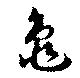
龜